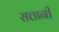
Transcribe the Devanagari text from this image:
सत्तानी